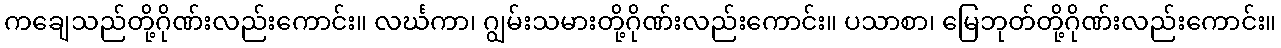
ကချေသည်တို့ဂိုဏ်းလည်းကောင်း။ လင်္ဃကာ၊ ဂျွမ်းသမားတို့ဂိုဏ်းလည်းကောင်း။ ပသာစာ၊ မြေဘုတ်တို့ဂိုဏ်းလည်းကောင်း။